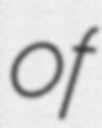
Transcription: of